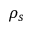
\rho _ { s }